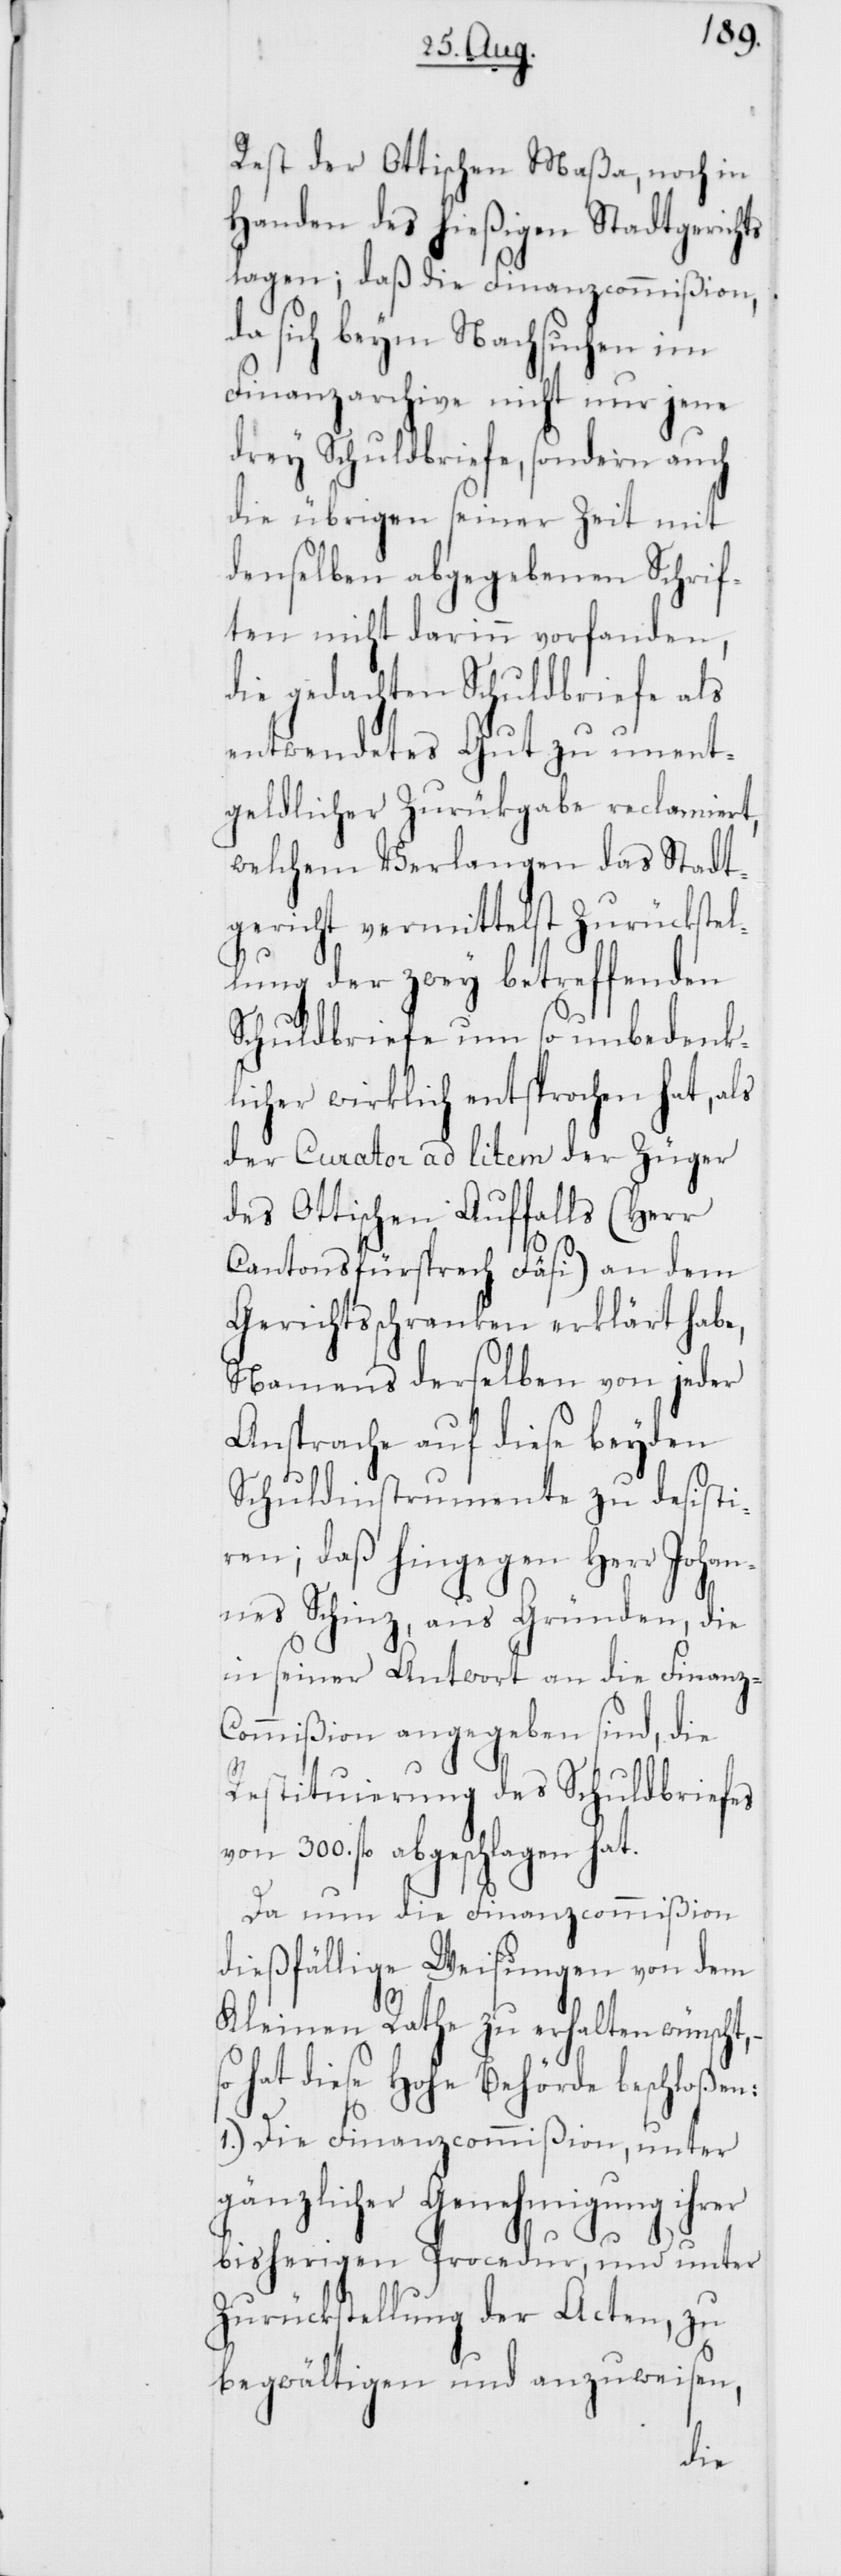
Rest der Otttischen Maßa, noch in
Handen des hießigen Stadtgerichts
lagen; daß die Finanzcommißion,
da sich beym Nachsuchen im
Finanzarchive nicht nur jene
drey Schuldbriefe, sondern auch
die übrigen seiner Zeit mit
denselben abgegebenen Schrif¬
ten nicht darinn vorfanden,
die gedachten Schuldbriefe als
entwendetes Gut zu unent¬
geldlicher Zurückgabe reclamiert,
welchem Verlangen das Stadt¬
gericht vermittelst Zurückstel¬
lung der zwey betreffenden
Schuldbriefe um so unbedenk¬
licher wirklich entsprochen hat, als
der Curator ad litem der Züger
des Ottischen Auffalls (Herr
Cantonsfürsprech Fäsi) an dem
Gerichtsschranken erklärt habe,
Namens derselben von jeder
Ansprache auf diese beyden
Schuldinstrumente zu desistie¬
ren; daß hingegen Herr Johan¬
nes Schinz, aus Gründen, die
in seiner Antwort an die Finanz¬
commißion angegeben sind, die
Restituierung des Schuldbriefes
300. fl. abgeschlagen hat.
Da nun die Finanzcommißion
dießfällige Weisungen von dem
Kleinen Rathe zu erhalten wünscht,
so hat diese Hohe Behörde beschloßen:
1.) Die Finanzcommißion, unter
gänzlicher Genehmigung ihrer
bisherigen Procedur, und unter
Zurückstellung der Acten, zu
begwältigen und anzuweisen,